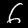
Label: 6